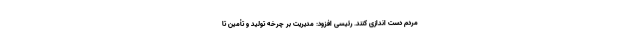
مردم دست اندازی کنند. رئیسی افزود: مدیریت بر چرخه تولید و تأمین تا